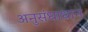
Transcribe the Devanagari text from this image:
अनुसंधाधान